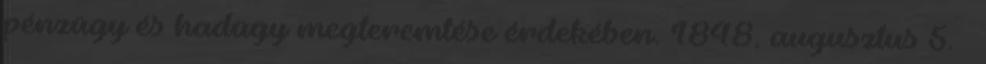
pénzügy és hadügy megteremtése érdekében. 1848. augusztus 5. –